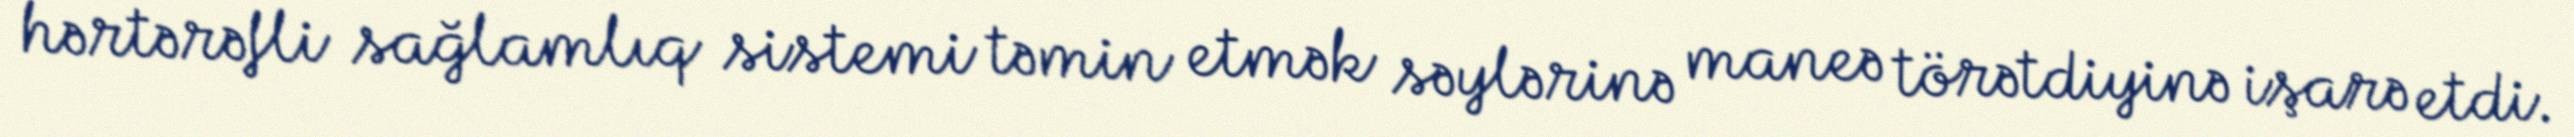
hərtərəfli sağlamlıq sistemi təmin etmək səylərinə maneə törətdiyinə işarə etdi.